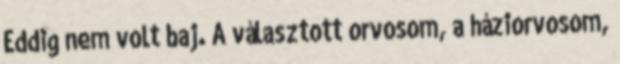
Eddig nem volt baj. A választott orvosom, a háziorvosom,